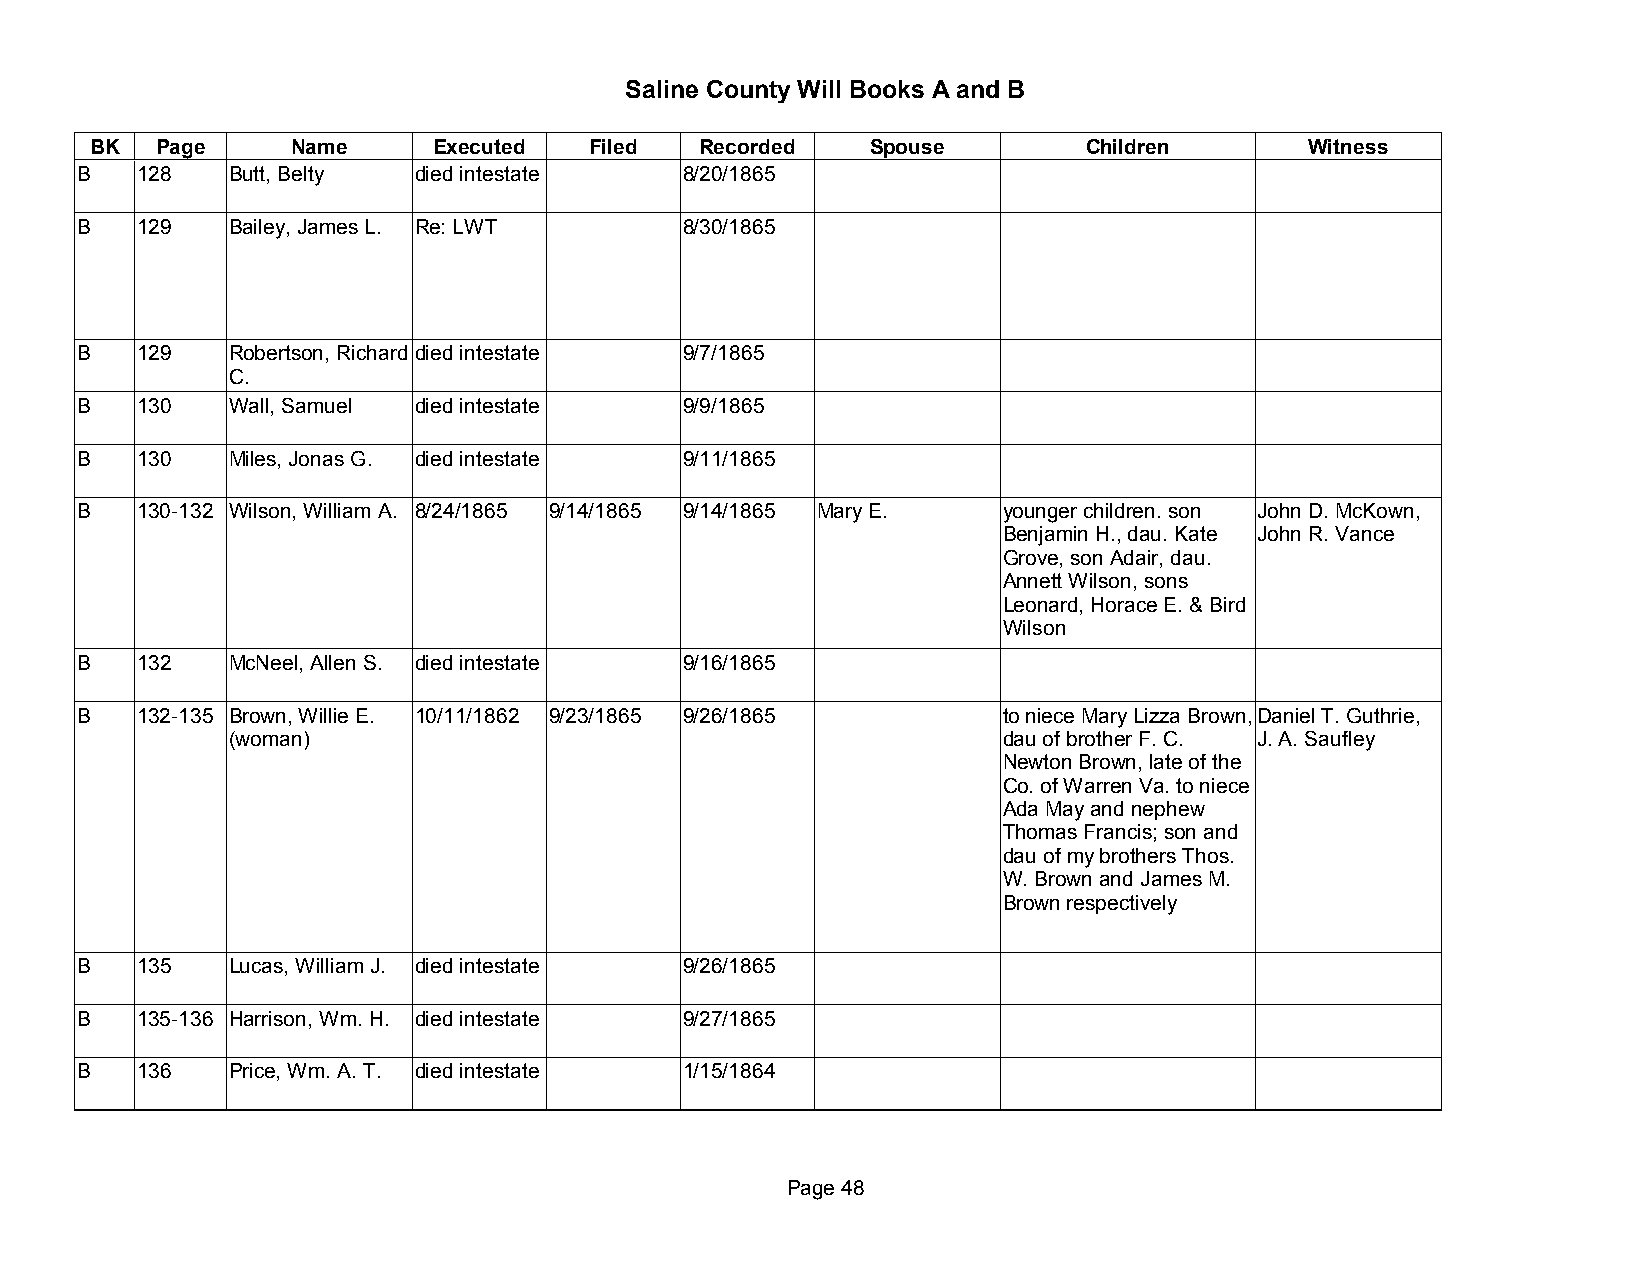
Saline County Will Books A and B
 BK  Page     Name      Executed  Filed  Recorded    Spouse        Children       Witness
 B   128   Butt, Belty died intestate    8/20/1865
 B   129   Bailey, James L. Re: LWT      8/30/1865
 B   129   Robertson, Richard died intestate 9/7/1865
 C.
 B   130   Wall, Samuel died intestate   9/9/1865
 B   130   Miles, Jonas G. died intestate 9/11/1865
 B   130-132 Wilson, William A. 8/24/1865 9/14/1865 9/14/1865 Mary E. younger children. son John D. McKown,
 Benjamin H., dau. Kate John R. Vance
 Grove, son Adair, dau.
 Annett Wilson, sons
 Leonard, Horace E. & Bird
 Wilson
 B   132   McNeel, Allen S. died intestate 9/16/1865
 B   132-135 Brown, Willie E. 10/11/1862 9/23/1865 9/26/1865  to niece Mary Lizza Brown, Daniel T. Guthrie,
 (woman)                                            dau of brother F. C. J. A. Saufley
 Newton Brown, late of the
 Co. of Warren Va. to niece
 Ada May and nephew
 Thomas Francis; son and
 dau of my brothers Thos.
 W. Brown and James M.
 Brown respectively
 B   135   Lucas, William J. died intestate 9/26/1865
 B   135-136 Harrison, Wm. H. died intestate 9/27/1865
 B   136   Price, Wm. A. T. died intestate 1/15/1864
 Page 48